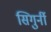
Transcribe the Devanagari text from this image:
सिगुर्नी